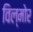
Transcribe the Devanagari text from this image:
विल्मोर